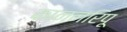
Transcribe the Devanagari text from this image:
काननरिपू